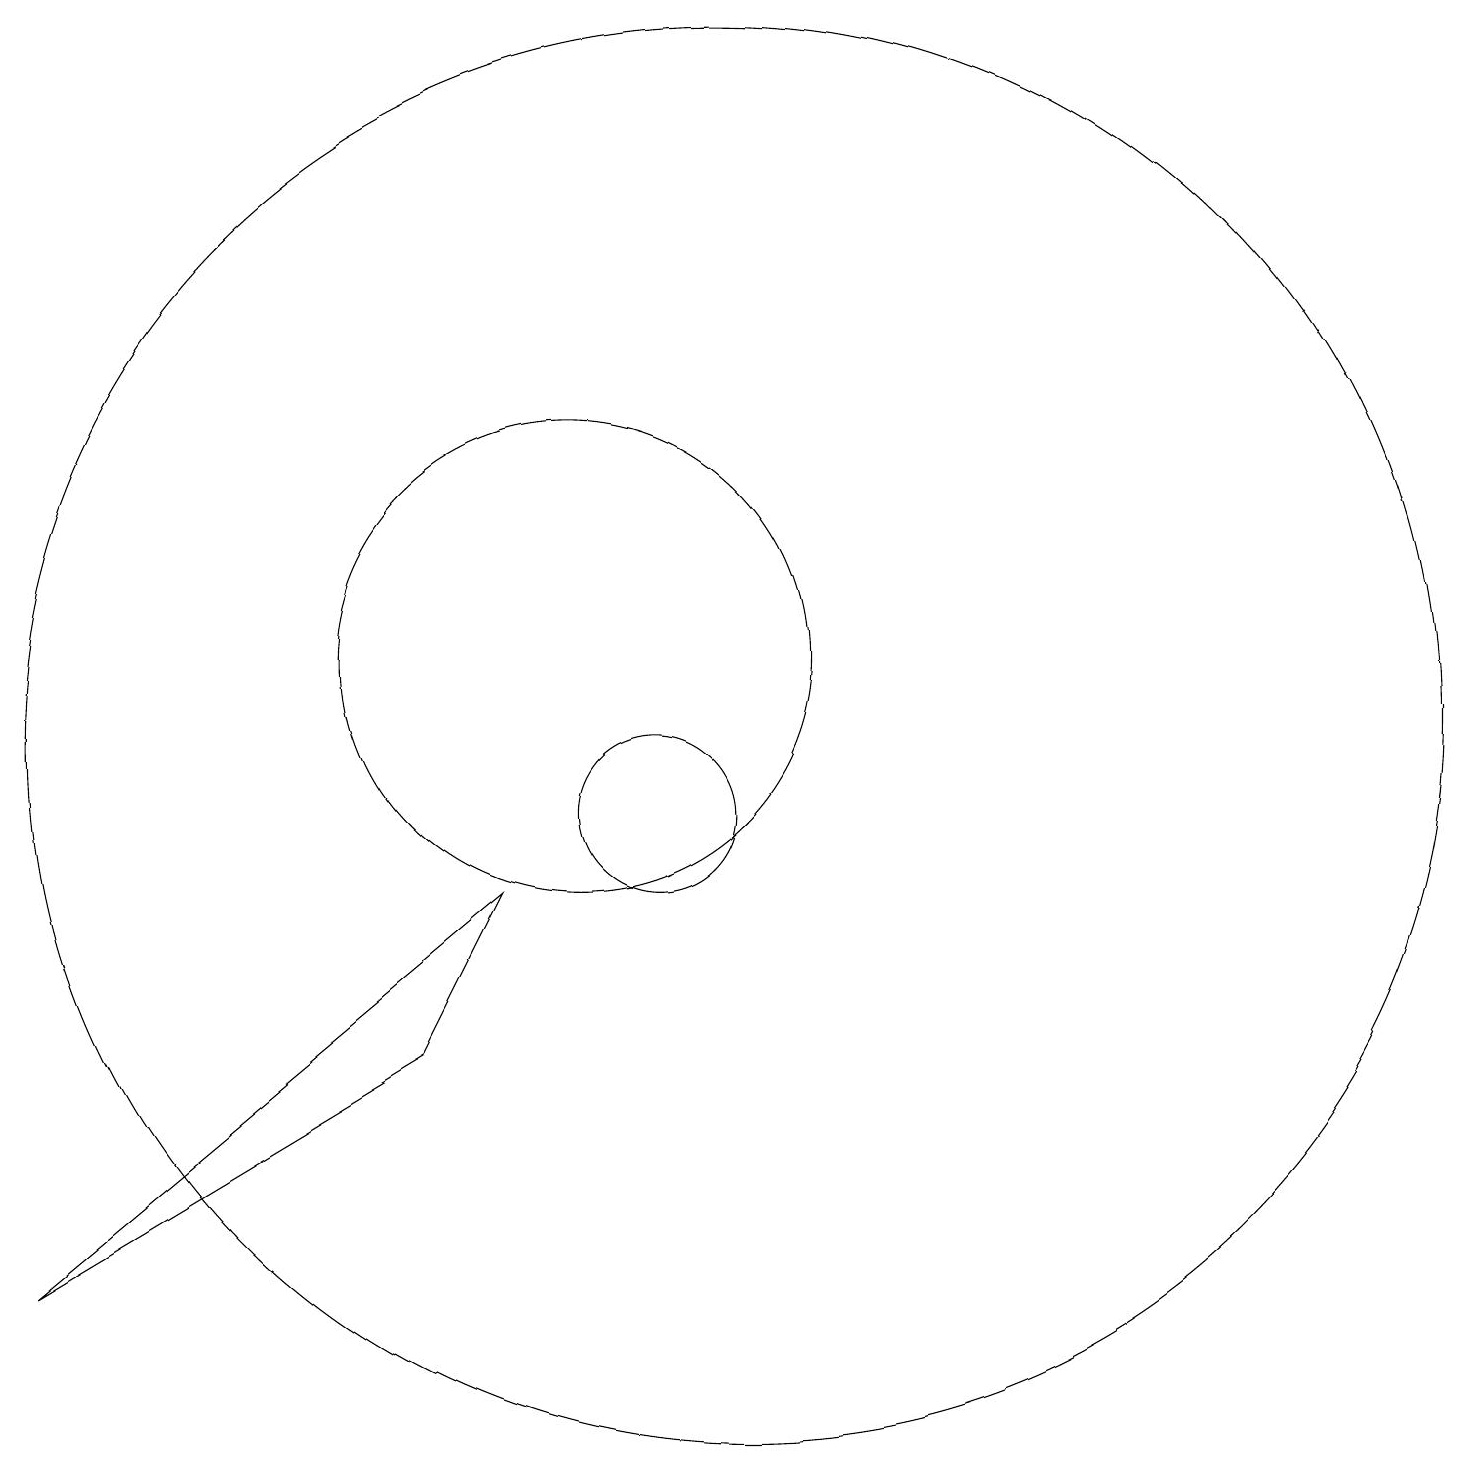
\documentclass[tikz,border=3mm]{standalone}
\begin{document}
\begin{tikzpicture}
\draw (3,4) -- (9,9) -- (8,7) -- cycle;
\draw (11,10) circle (1);
\draw (10,12) circle (3);
\draw (12,11) circle (9);
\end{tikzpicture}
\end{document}